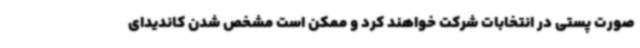
‌صورت پستی در انتخابات شرکت خواهند کرد و ممکن است مشخص شدن کاندیدای